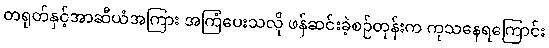
တရုတ်နှင့်အာဆီယံအကြား အကြံပေးသလို ဖန်ဆင်းခဲ့စဉ်တုန်းက ကုသနေရကြောင်း